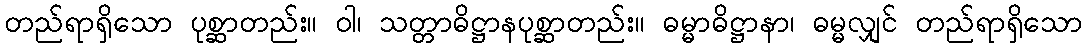
တည်ရာရှိသော ပုစ္ဆာတည်း။ ဝါ၊ သတ္တာဓိဋ္ဌာနပုစ္ဆာတည်း။ ဓမ္မာဓိဋ္ဌာနာ၊ ဓမ္မလျှင် တည်ရာရှိသော